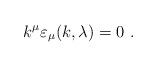
LaTeX: \begin{align*}k^\mu \varepsilon_\mu(k,\lambda)=0\,\,.\end{align*}